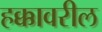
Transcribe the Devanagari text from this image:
हक्कावरील